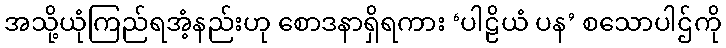
အသို့ယုံကြည်ရအံ့နည်းဟု စောဒနာရှိရကား ‘ပါဠိယံ ပန’ စသောပါဌ်ကို